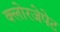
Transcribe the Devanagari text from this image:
क्लोरजेपेट